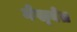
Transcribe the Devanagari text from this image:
नेख्बेत